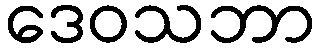
ဒေဝသဘာ